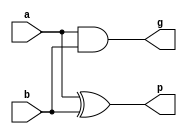
module pgu_2bit (a, b, p, g);
    input [1:0] a, b;
    output [1:0] p, g;
    assign p = a ^ b;
    assign g = a & b;
endmodule